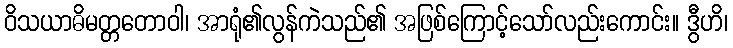
ဝိသယာဓိမတ္တတောဝါ၊ အာရုံ၏လွန်ကဲသည်၏ အဖြစ်ကြောင့်သော်လည်းကောင်း။ ဒွီဟိ၊